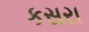
કસરા